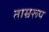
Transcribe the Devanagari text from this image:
ताम्ररूप